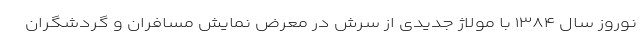
نوروز سال ۱۳۸۴ با مولاژ جدیدی از سرش در معرض نمایش مسافران و گردشگران